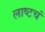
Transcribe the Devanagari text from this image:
लाष्टचं